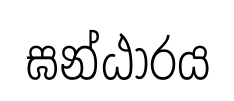
ඝන්ඨාරය